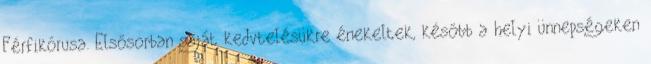
Férfikórusa. Elsősorban saját kedvtelésükre énekeltek, később a helyi ünnepségeken